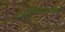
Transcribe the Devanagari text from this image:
कोलंबियापासून